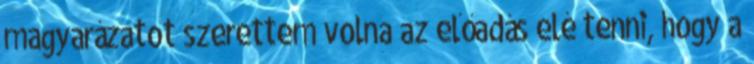
magyarázatot szerettem volna az előadás elé tenni, hogy a